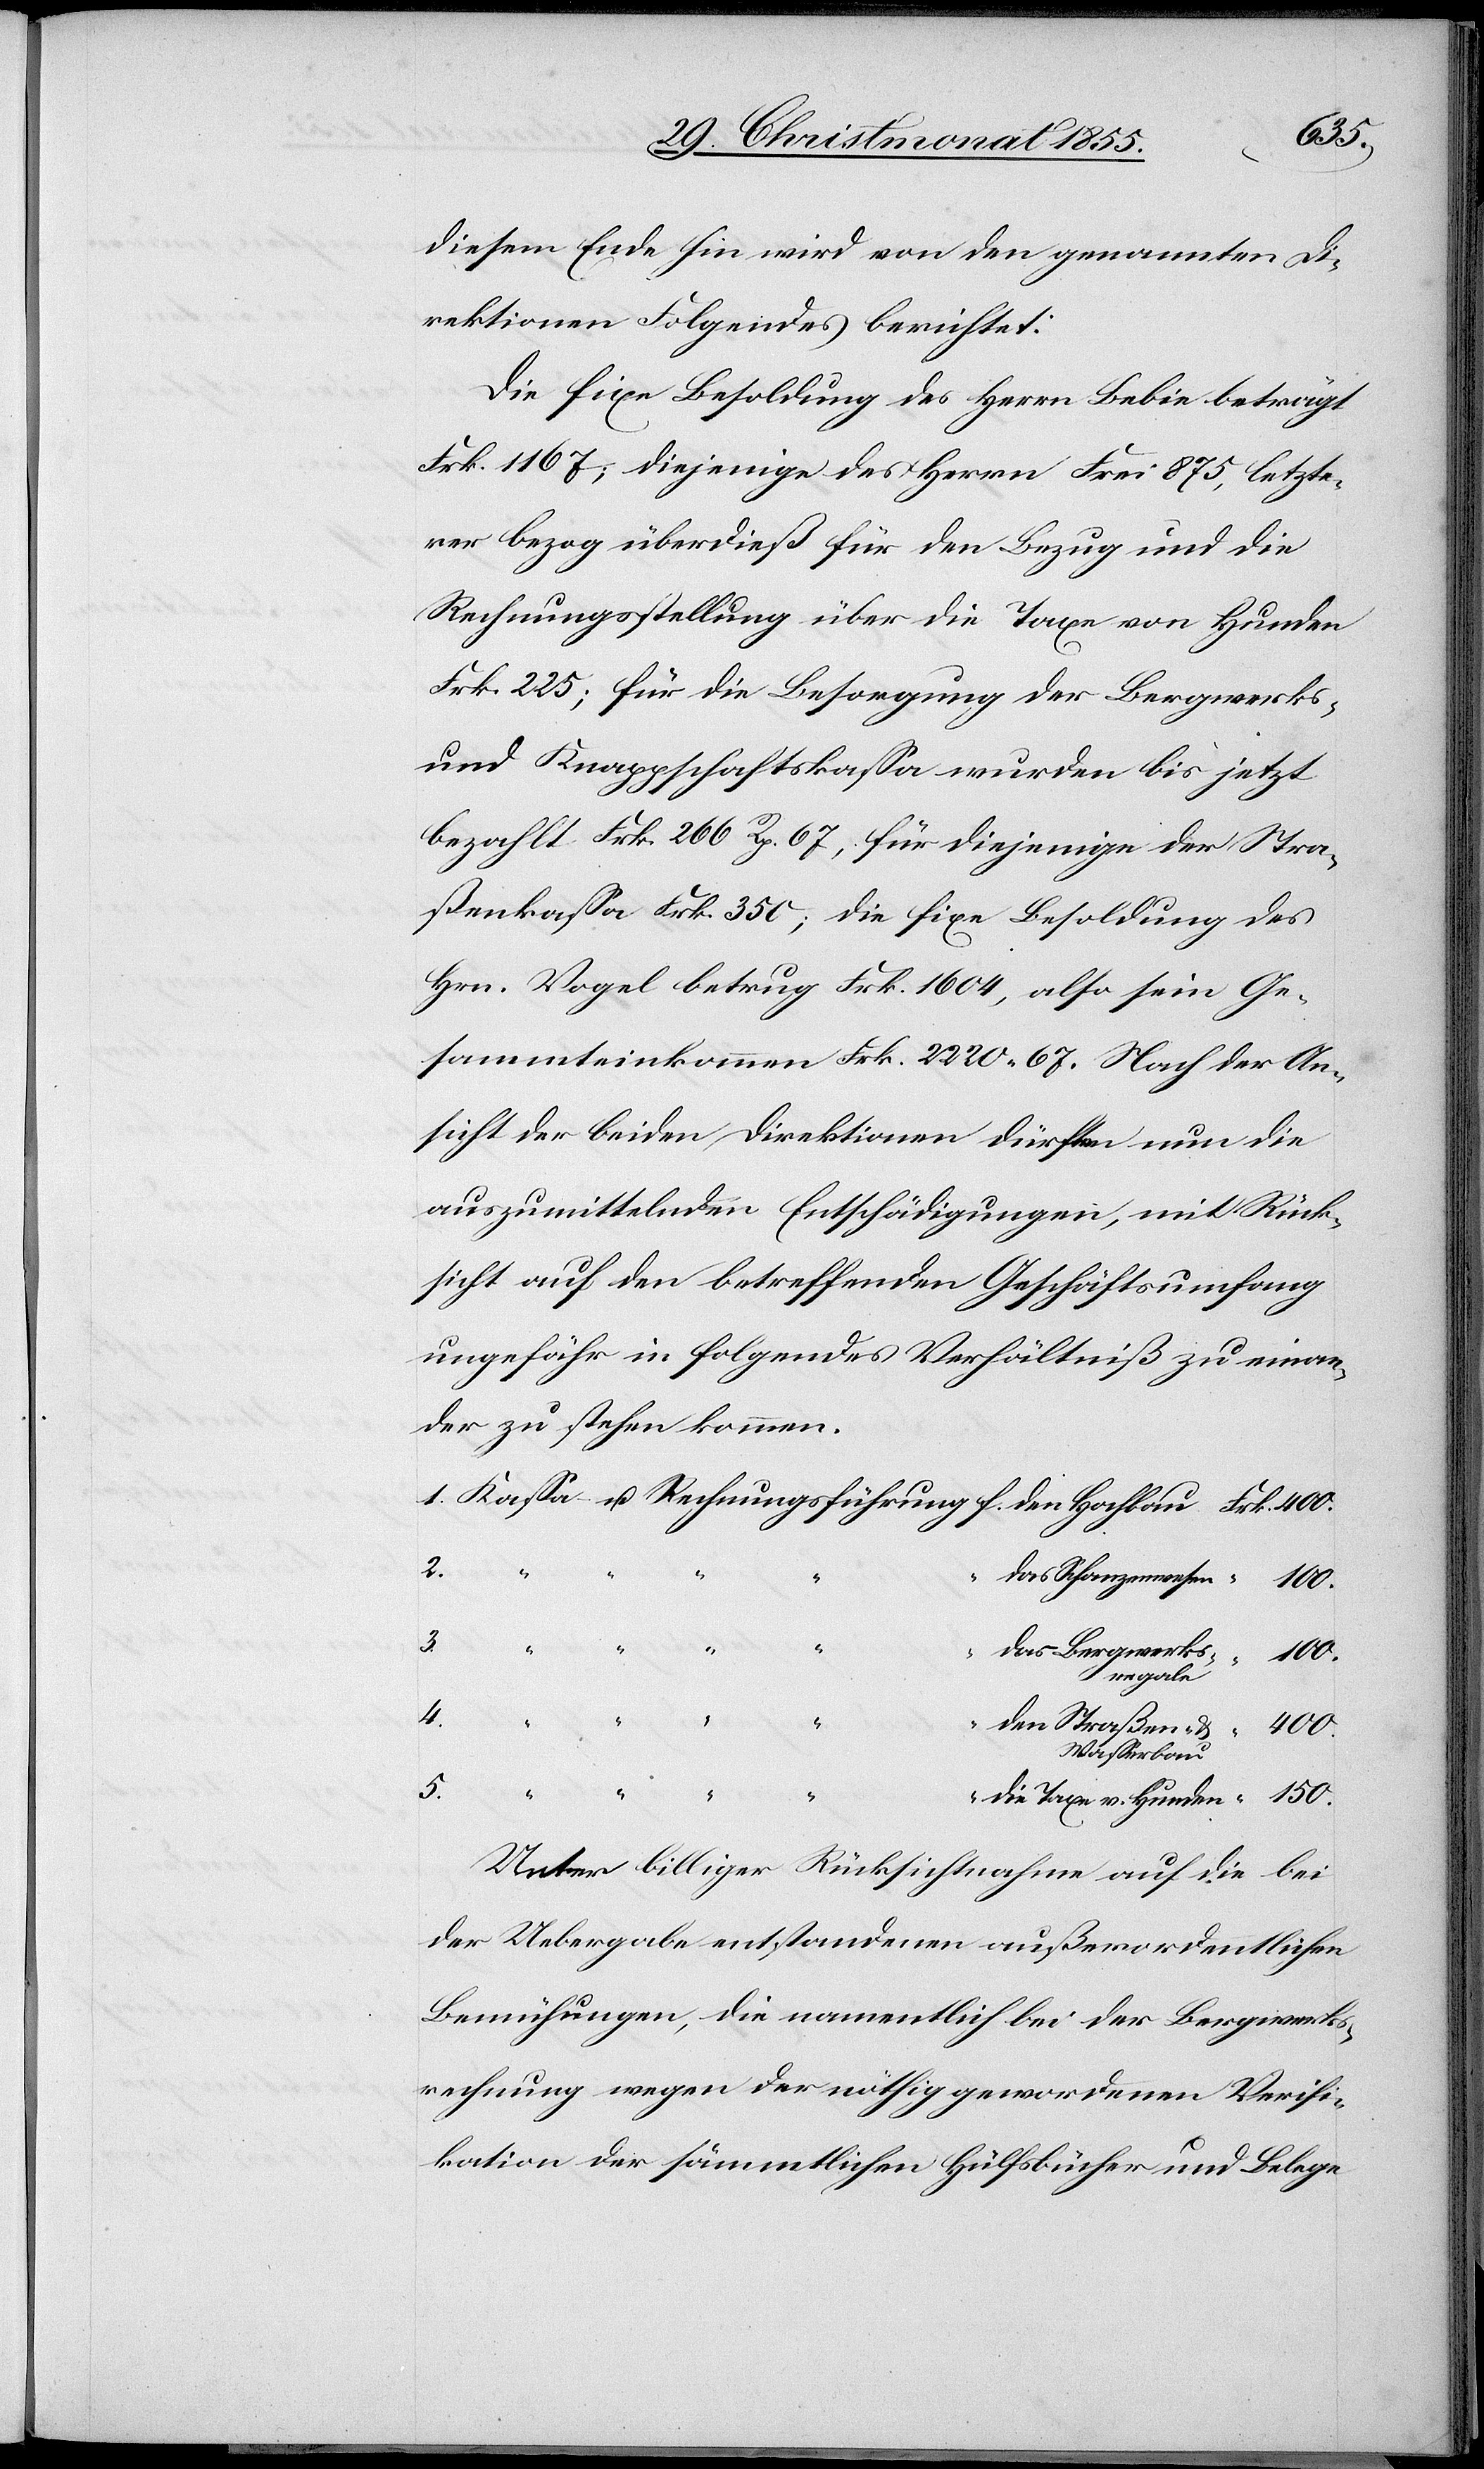
diesem Ende hin wird von den genannten Di¬
rektionen Folgendes berichtet:
Die fixe Besoldung des Herrn Bebie beträgt
Frk. 1167; diejenige des Herrn Frei 875, letzte¬
rer bezog überdieß für den Bezug und die
Rechnungsstellung über die Taxe von Hunden
Frk. 225; für die Besorgung der Bergwerks-
und Knappschaftskassa wurden bis jetzt
bezahlt Frk. 266 Rp. 67; für diejenige der Stra¬
ßenkassa Frk. 350; die fixe Besoldung des
Hrn. Vogel betrug Frk. 1604, also sein Ge¬
sammteinkommen Frk. 2220. 67. Nach der An¬
sicht der beiden Direktionen dürften nun die
auszumittelnden Entschädigungen, mit Rück¬
sicht auf den betreffenden Geschäftsumfang
ungefähr in folgendes Verhältniß zu einan¬
der zu stehen kommen.
150.
2.
5.
“ “ “ “
4.
Wasserbau
die Taxe v. Hunden
Unter billiger Rücksichtnahme auf die bei
der Uebergabe entstandenen außerordentlichen
Bemühungen, die namentlich bei der Bergwerks¬
rechnung wegen der nöthig gewordenen Verifi¬
kation der sämmtlichen Hülfsbücher und Belege